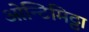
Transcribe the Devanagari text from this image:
ओन्टिमिट्टा